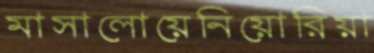
মাসালোয়েনিয়োরিয়া